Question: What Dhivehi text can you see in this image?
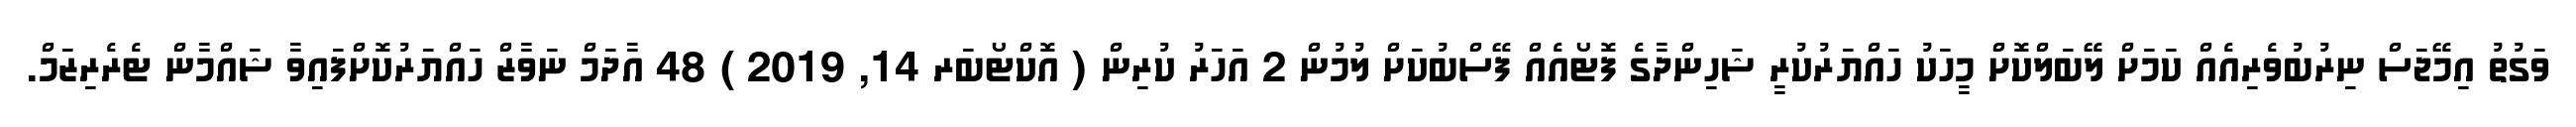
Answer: ވަގުތު އިމޭޖަސް ނިރުބުވެރިއެއް ކަމަށް ލޭބަލްކޮށް މީހަކު ހައްޔަރުކުރީ ޝަހިންދާގެ ފޮޓޯއެއް ފޭސްބުކަށް ލުމުން 2 އަހަރު ކުރިން ( އޮކްޓޯބަރ 14, 2019 ) 48 އާދަމް ނަވާޒް ހައްޔަރުކޮށްފައިވާ ޝައްމާން ޓެރެރިޒަމް.